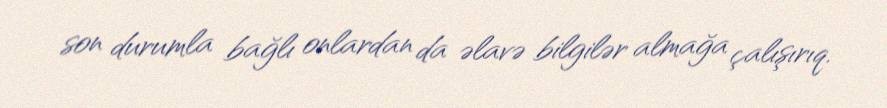
son durumla bağlı onlardan da əlavə bilgilər almağa çalışırıq.